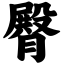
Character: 臀